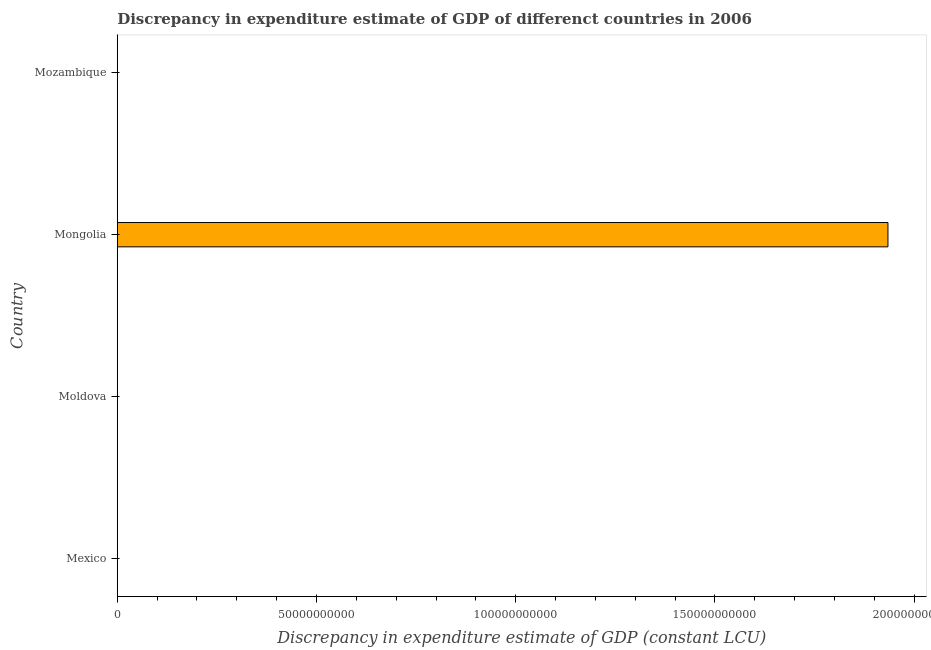
| Country | Discrepancy constant LCU |
 | --- | --- |
 | Mexico | -8.03e+10 |
 | Moldova | 7.14e+05 |
 | Mongolia | 1.93e+11 |
 | Mozambique | -6.03e+09 |